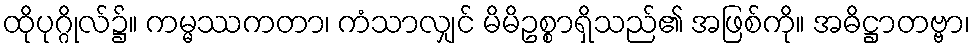
ထိုပုဂ္ဂိုလ်၌။ ကမ္မဿကတာ၊ ကံသာလျှင် မိမိဥစ္စာရှိသည်၏ အဖြစ်ကို။ အဓိဋ္ဌာတဗ္ဗာ၊